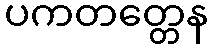
ပကတတ္တေန